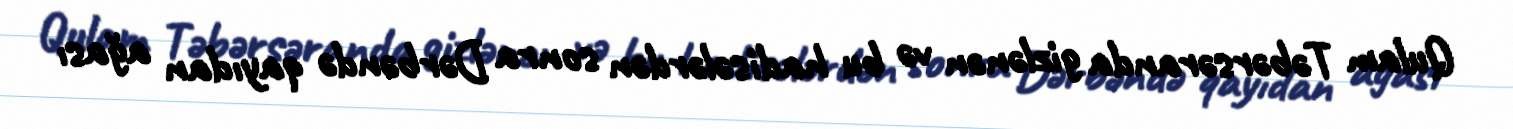
Qulam Təbərsəranda gizlənən və bu hadisələrdən sonra Dərbəndə qayıdan ağası